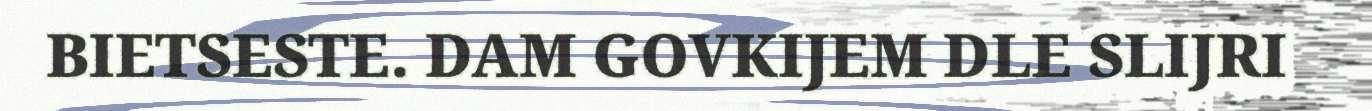
BIETSESTE. DAM GOVKIJEM DLE SLIJRI